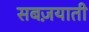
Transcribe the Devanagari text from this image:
सबज़याती